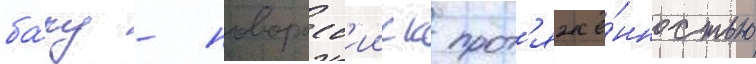
ба́ку - новоросс'ииск прот'яжё́нностью